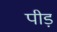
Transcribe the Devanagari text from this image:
पीड़